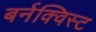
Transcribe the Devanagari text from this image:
बर्नक्विस्ट